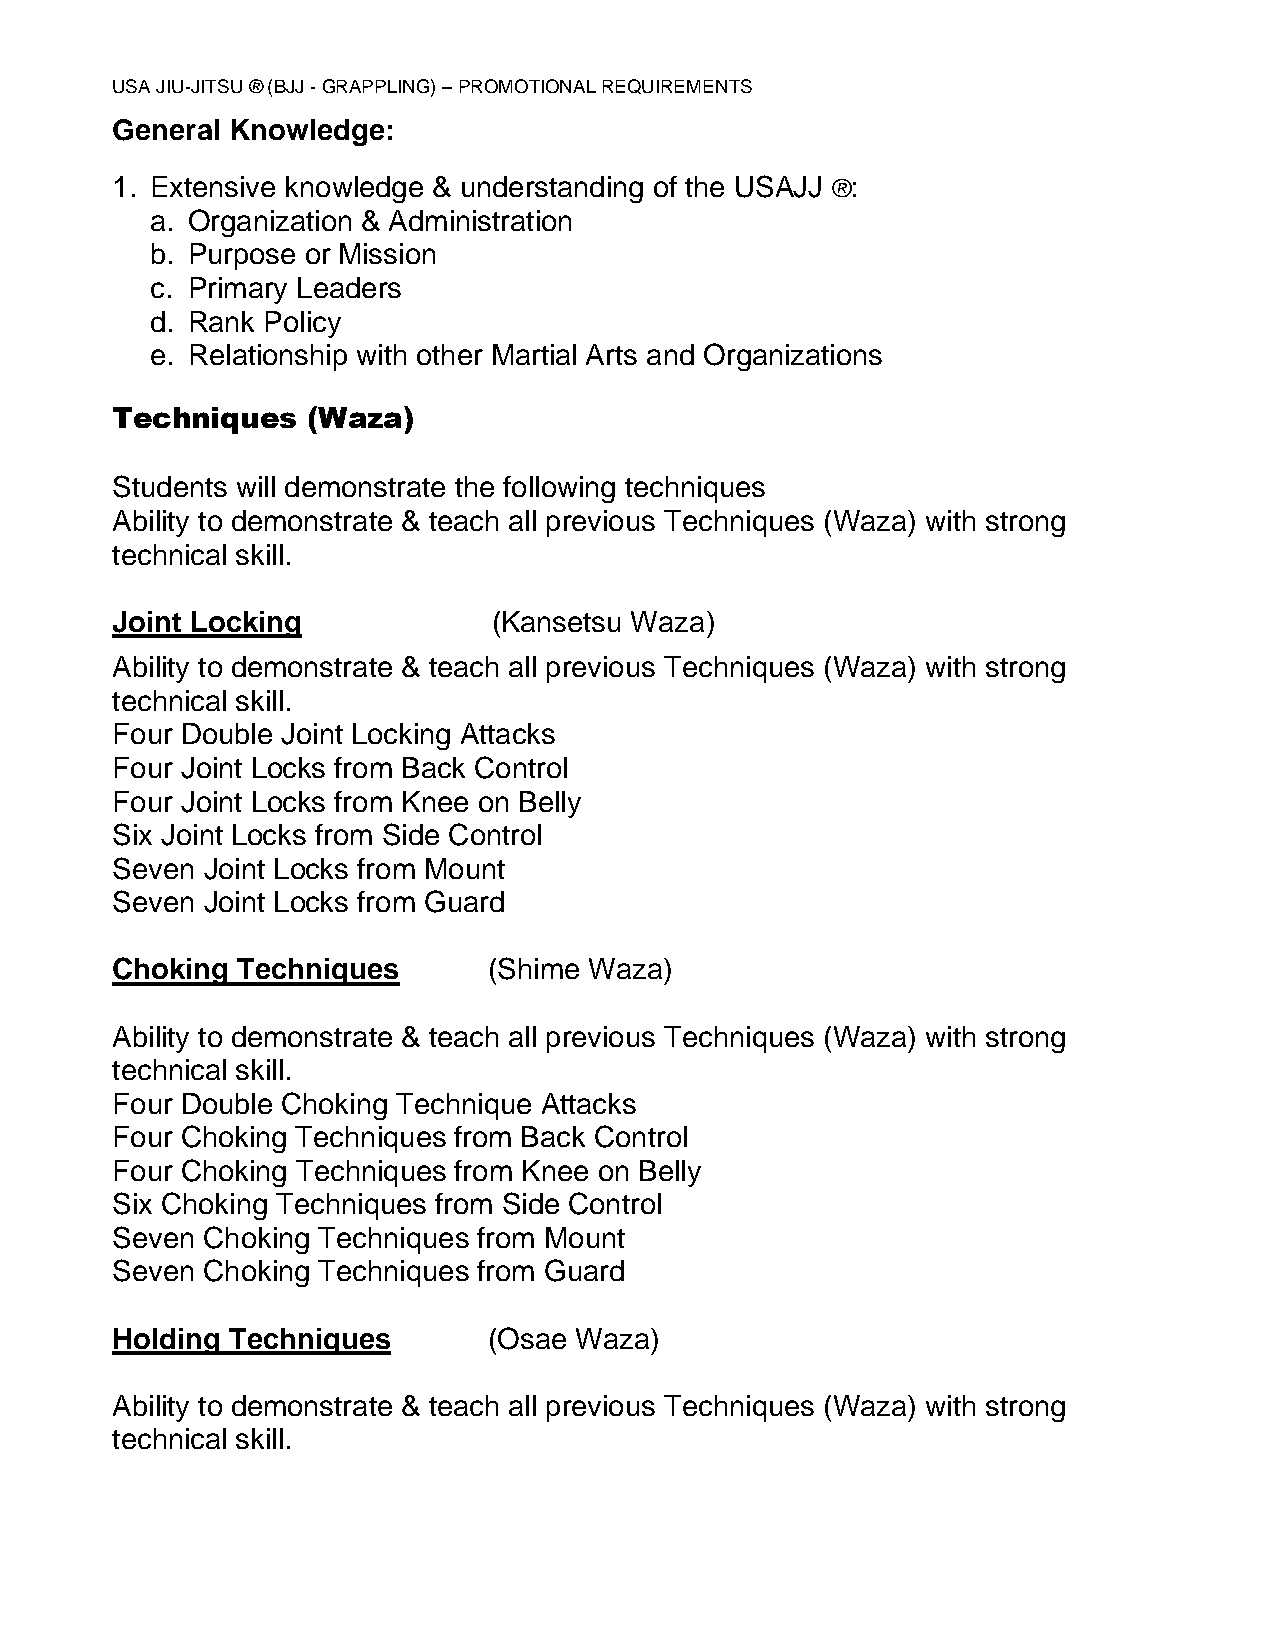
USA JIU-JITSU ® (BJJ - GRAPPLING) – PROMOTIONAL REQUIREMENTS
 General Knowledge:
 1. Extensive knowledge & understanding of the USAJJ ®:
 a. Organization & Administration
 b. Purpose or Mission
 c. Primary Leaders
 d. Rank Policy
 e. Relationship with other Martial Arts and Organizations
 Techniques   (Waza)
 Students will demonstrate the following techniques
 Ability to demonstrate & teach all previous Techniques (Waza) with strong
 technical skill.
 Joint Locking             (Kansetsu Waza)
 Ability to demonstrate & teach all previous Techniques (Waza) with strong
 technical skill.
 Four Double Joint Locking Attacks
 Four Joint Locks from Back Control
 Four Joint Locks from Knee on Belly
 Six Joint Locks from Side Control
 Seven Joint Locks from Mount
 Seven Joint Locks from Guard
 Choking  Techniques      (Shime Waza)
 Ability to demonstrate & teach all previous Techniques (Waza) with strong
 technical skill.
 Four Double Choking Technique Attacks
 Four Choking Techniques from Back Control
 Four Choking Techniques from Knee on Belly
 Six Choking Techniques from Side Control
 Seven Choking Techniques from Mount
 Seven Choking Techniques from Guard
 Holding Techniques       (Osae Waza)
 Ability to demonstrate & teach all previous Techniques (Waza) with strong
 technical skill.